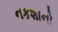
નકશાનો